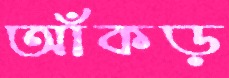
আঁকড়